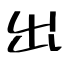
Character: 出